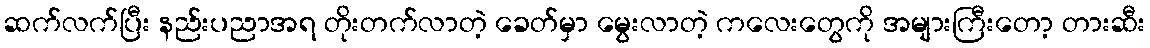
ဆက်လက်ပြီး နည်းပညာအရ တိုးတက်လာတဲ့ ခေတ်မှာ မွေးလာတဲ့ ကလေးတွေကို အများကြီးတော့ တားဆီး